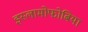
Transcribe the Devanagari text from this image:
इस्लामोफोबिया